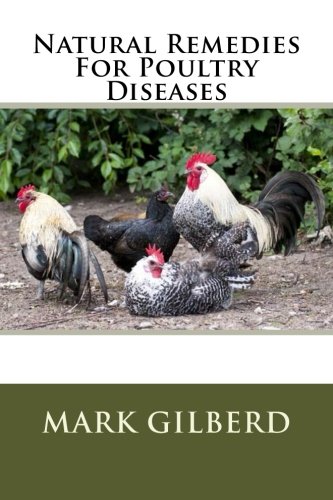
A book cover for Natural Remedies For Poultry Diseases (Natural Remedies For Animals Series); Mark Gilberd; Medical Books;